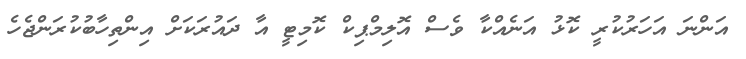
އަންނަ އަހަރުކުރީ ކޮޅު އަނެއްކާ ވެސް އޮލިމްޕިކް ކޮމިޓީ އާ ދައުރަކަށް އިންތިހާބުކުރަންޖެހެ